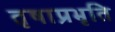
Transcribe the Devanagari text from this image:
तृषाप्रभृति